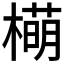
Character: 橗